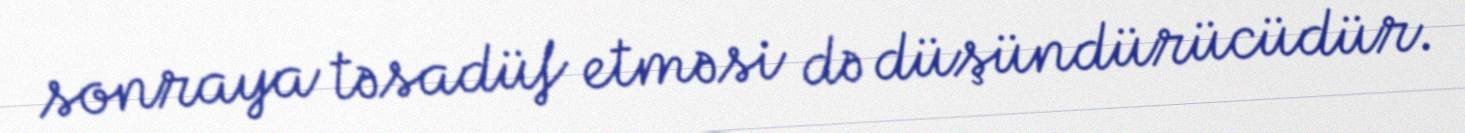
sonraya təsadüf etməsi də düşündürücüdür.